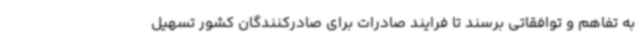
به تفاهم و توافقاتی برسند تا فرایند صادرات برای صادرکنندگان کشور تسهیل